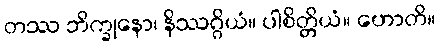
တဿ ဘိက္ခုနော၊ နိဿဂ္ဂိယံ။ ပါစိတ္တိယံ။ ဟောတိ။